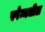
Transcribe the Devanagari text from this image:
स्पेन्मधील